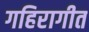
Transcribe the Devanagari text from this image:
गहिरागीत